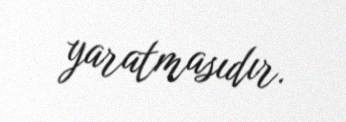
yaratmasıdır.